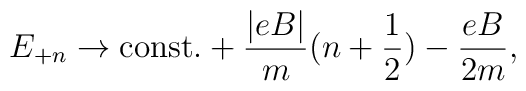
E_{+n} \rightarrow {\rm const.} + \frac{|eB|}{m} (n+{1 \over 2}) -\frac{eB}{2m},